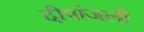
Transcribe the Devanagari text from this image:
दीपांजली